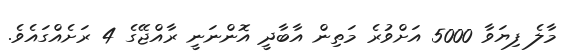
މާލެ ފިޔަވާ 5000 އަށްވުރެ މަތިިން އާބާދީ އޮންނަނީ ރާއްޖޭގެ 4 ރަށެއްގައެވެ.